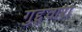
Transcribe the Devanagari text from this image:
गुद्द्वारा